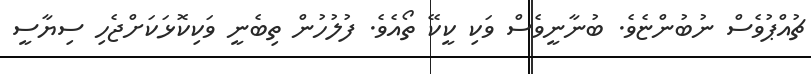
ޗުއްޕުވެސް ނުބުންޏެވެ. ބުނާނީވެސް ވަކި ކީކޭ ތޯއެވެ. ފުލުހުން ތިބެނީ ވަކިކޮޅަކަށްޖެހި ސިޔާސީ